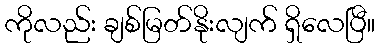
ကိုလည်း ချစ်မြတ်နိုးလျက် ရှိလေပြီ။